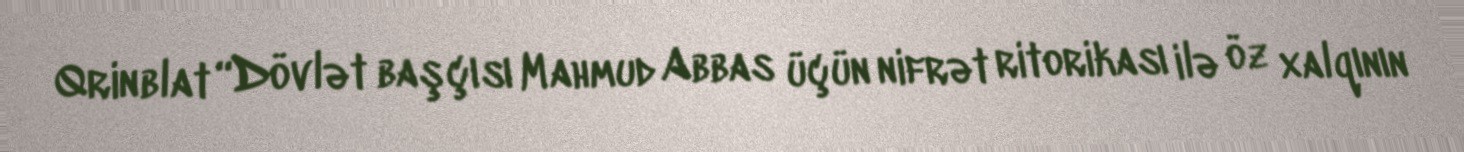
Qrinblat “Dövlət başçısı Mahmud Abbas üçün nifrət ritorikası ilə öz xalqının